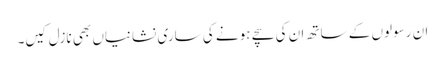
ان رسولوں کے ساتھ ان کی سچے ہونے کی ساری نشانیاں بھی نازل کیں۔